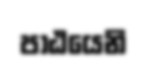
පාඨයෙනි